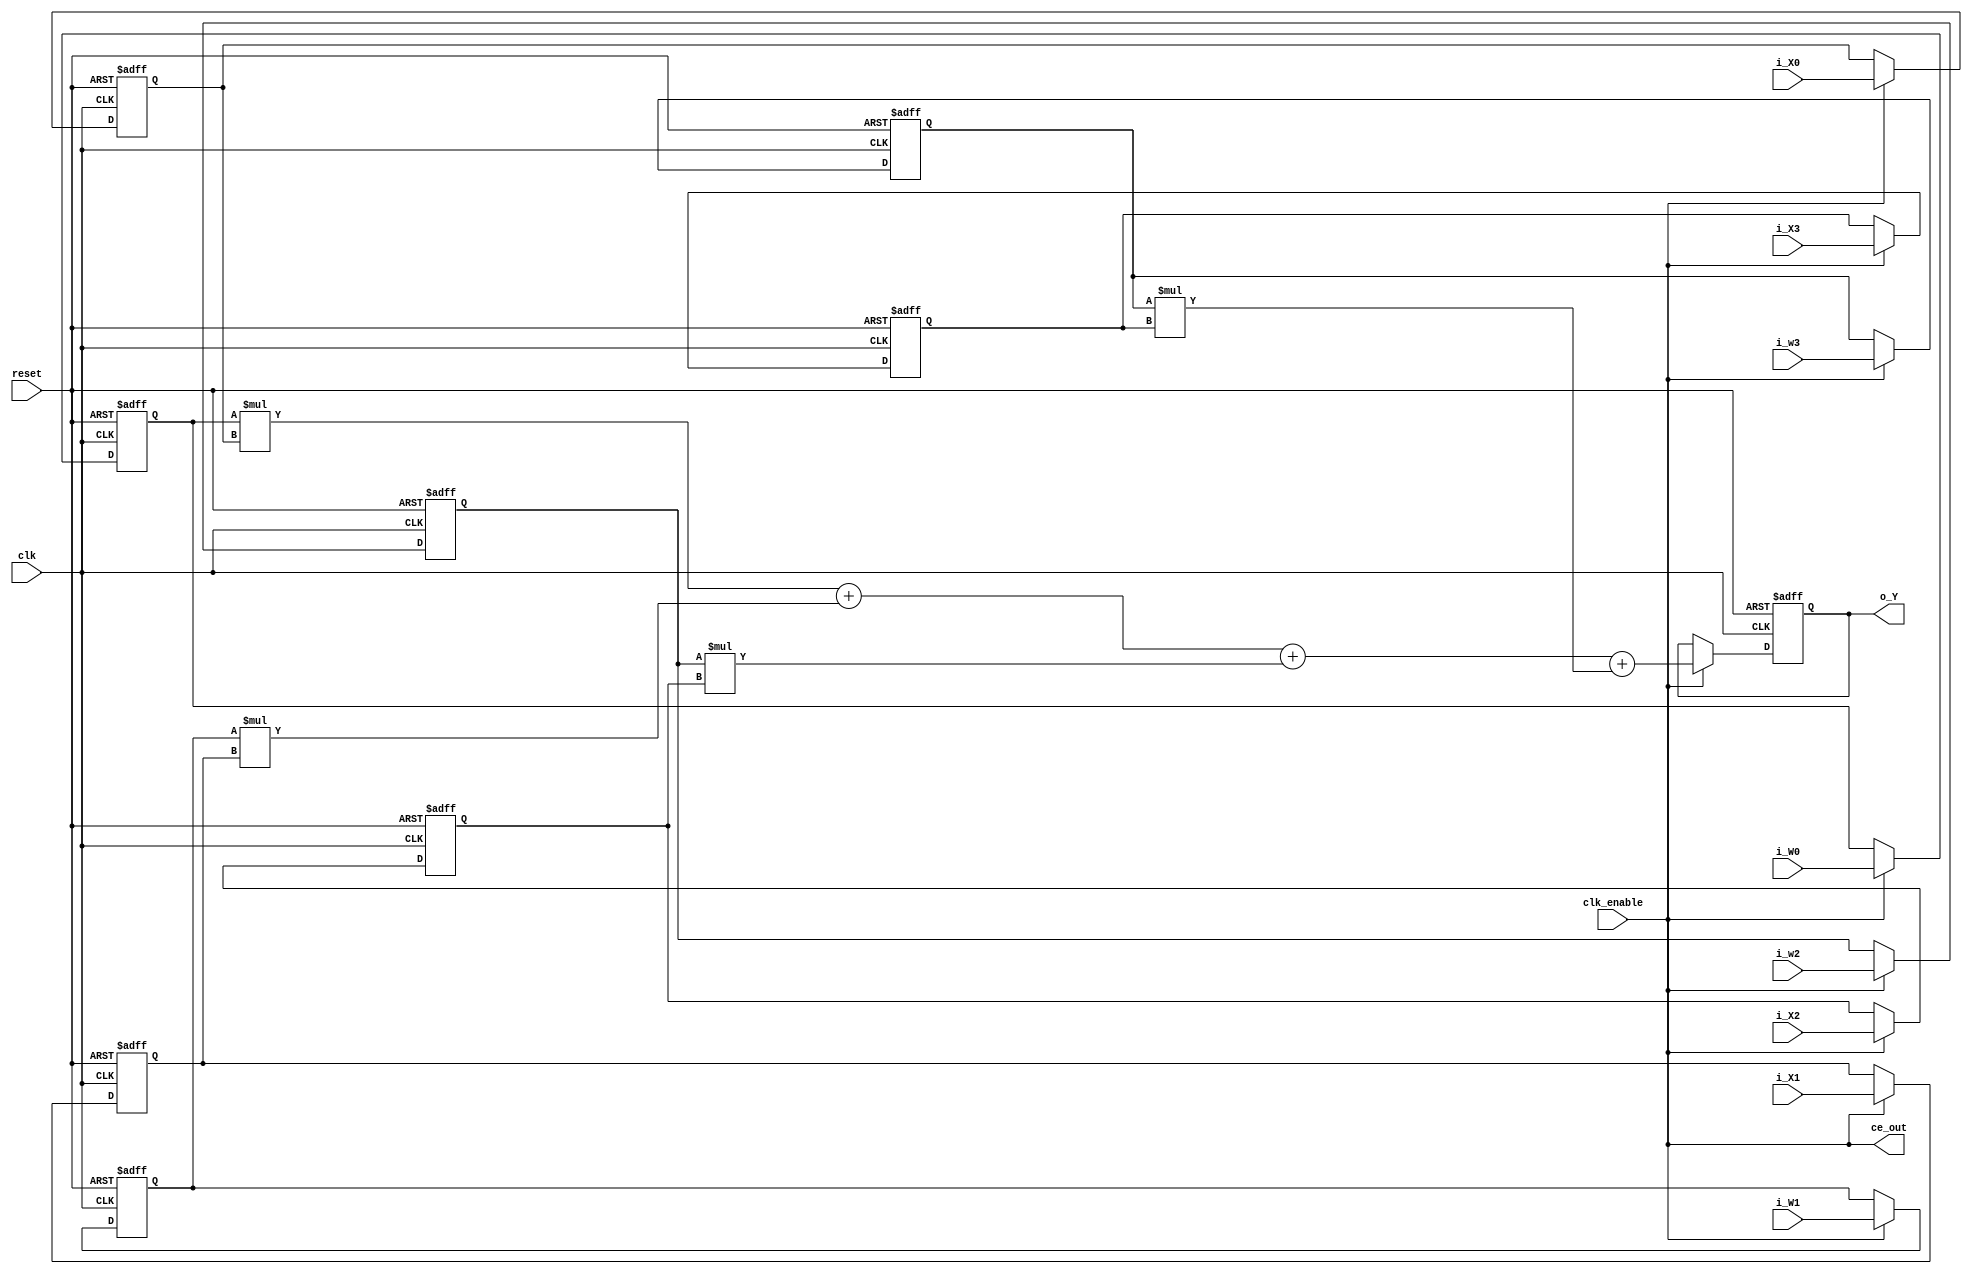
// -------------------------------------------------------------
// 
// 
// Generated by MATLAB 9.13 and HDL Coder 4.0
// 
// 
// -- -------------------------------------------------------------
// -- Rate and Clocking Details
// -- -------------------------------------------------------------
// Model base rate: 1
// Target subsystem base rate: 1
// 
// 
// Clock Enable  Sample Time
// -- -------------------------------------------------------------
// ce_out        1
// -- -------------------------------------------------------------
// 
// 
// Output Signal                 Clock Enable  Sample Time
// -- -------------------------------------------------------------
// o_Y                           ce_out        1
// -- -------------------------------------------------------------
// 
// -------------------------------------------------------------


// -------------------------------------------------------------
// 
// Module: Subsystem
// Source Path: lab1_sadko_dk02/Subsystem
// Hierarchy Level: 0
// 
// -------------------------------------------------------------

`timescale 1 ns / 1 ns

module Subsystem
          (clk,
           reset,
           clk_enable,
           i_W0,
           i_W1,
           i_w2,
           i_w3,
           i_X0,
           i_X1,
           i_X2,
           i_X3,
           ce_out,
           o_Y);


  input   clk;
  input   reset;
  input   clk_enable;
  input   signed [7:0] i_W0;  // int8
  input   signed [7:0] i_W1;  // int8
  input   signed [7:0] i_w2;  // int8
  input   signed [7:0] i_w3;  // int8
  input   signed [7:0] i_X0;  // int8
  input   signed [7:0] i_X1;  // int8
  input   signed [7:0] i_X2;  // int8
  input   signed [7:0] i_X3;  // int8
  output  ce_out;
  output  signed [15:0] o_Y;  // int16


  wire enb;
  reg signed [7:0] Delay_out1;  // int8
  reg signed [7:0] Delay1_out1;  // int8
  reg signed [7:0] Delay2_out1;  // int8
  reg signed [7:0] Delay3_out1;  // int8
  reg signed [7:0] Delay4_out1;  // int8
  wire signed [15:0] Product_mul_temp;  // sfix16
  wire signed [7:0] Product_out1;  // int8
  reg signed [7:0] Delay5_out1;  // int8
  wire signed [15:0] Product1_out1;  // int16
  wire signed [15:0] Add_stage2_add_temp;  // sfix16
  wire signed [15:0] Add_stage2_1;  // sfix16
  wire signed [16:0] Add_op_stage1;  // sfix17
  reg signed [7:0] Delay6_out1;  // int8
  wire signed [15:0] Product2_out1;  // int16
  wire signed [15:0] Add_stage3_add_cast;  // sfix16
  wire signed [15:0] Add_stage3_add_temp;  // sfix16
  wire signed [17:0] Add_op_stage2;  // sfix18
  reg signed [7:0] Delay7_out1;  // int8
  wire signed [15:0] Product3_out1;  // int16
  wire signed [15:0] Add_stage4_add_cast;  // sfix16
  wire signed [15:0] Add_out1;  // int16
  reg signed [15:0] Delay8_out1;  // int16


  assign enb = clk_enable;

  always @(posedge clk or posedge reset)
    begin : Delay_process
      if (reset == 1'b1) begin
        Delay_out1 <= 8'sb00000000;
      end
      else begin
        if (enb) begin
          Delay_out1 <= i_W0;
        end
      end
    end



  always @(posedge clk or posedge reset)
    begin : Delay1_process
      if (reset == 1'b1) begin
        Delay1_out1 <= 8'sb00000000;
      end
      else begin
        if (enb) begin
          Delay1_out1 <= i_W1;
        end
      end
    end



  always @(posedge clk or posedge reset)
    begin : Delay2_process
      if (reset == 1'b1) begin
        Delay2_out1 <= 8'sb00000000;
      end
      else begin
        if (enb) begin
          Delay2_out1 <= i_w2;
        end
      end
    end



  always @(posedge clk or posedge reset)
    begin : Delay3_process
      if (reset == 1'b1) begin
        Delay3_out1 <= 8'sb00000000;
      end
      else begin
        if (enb) begin
          Delay3_out1 <= i_w3;
        end
      end
    end



  always @(posedge clk or posedge reset)
    begin : Delay4_process
      if (reset == 1'b1) begin
        Delay4_out1 <= 8'sb00000000;
      end
      else begin
        if (enb) begin
          Delay4_out1 <= i_X0;
        end
      end
    end



  assign Product_mul_temp = Delay_out1 * Delay4_out1;
  assign Product_out1 = Product_mul_temp[7:0];



  always @(posedge clk or posedge reset)
    begin : Delay5_process
      if (reset == 1'b1) begin
        Delay5_out1 <= 8'sb00000000;
      end
      else begin
        if (enb) begin
          Delay5_out1 <= i_X1;
        end
      end
    end



  assign Product1_out1 = Delay1_out1 * Delay5_out1;



  assign Add_stage2_1 = {{8{Product_out1[7]}}, Product_out1};
  assign Add_stage2_add_temp = Add_stage2_1 + Product1_out1;
  assign Add_op_stage1 = {Add_stage2_add_temp[15], Add_stage2_add_temp};



  always @(posedge clk or posedge reset)
    begin : Delay6_process
      if (reset == 1'b1) begin
        Delay6_out1 <= 8'sb00000000;
      end
      else begin
        if (enb) begin
          Delay6_out1 <= i_X2;
        end
      end
    end



  assign Product2_out1 = Delay2_out1 * Delay6_out1;



  assign Add_stage3_add_cast = Add_op_stage1[15:0];
  assign Add_stage3_add_temp = Add_stage3_add_cast + Product2_out1;
  assign Add_op_stage2 = {{2{Add_stage3_add_temp[15]}}, Add_stage3_add_temp};



  always @(posedge clk or posedge reset)
    begin : Delay7_process
      if (reset == 1'b1) begin
        Delay7_out1 <= 8'sb00000000;
      end
      else begin
        if (enb) begin
          Delay7_out1 <= i_X3;
        end
      end
    end



  assign Product3_out1 = Delay3_out1 * Delay7_out1;



  assign Add_stage4_add_cast = Add_op_stage2[15:0];
  assign Add_out1 = Add_stage4_add_cast + Product3_out1;



  always @(posedge clk or posedge reset)
    begin : Delay8_process
      if (reset == 1'b1) begin
        Delay8_out1 <= 16'sb0000000000000000;
      end
      else begin
        if (enb) begin
          Delay8_out1 <= Add_out1;
        end
      end
    end



  assign o_Y = Delay8_out1;

  assign ce_out = clk_enable;

endmodule  // Subsystem